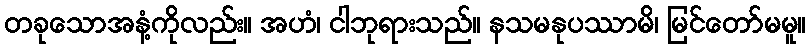
တခုသောအနံ့ကိုလည်း။ အဟံ၊ ငါဘုရားသည်။ နသမနုပဿာမိ၊ မြင်တော်မမူ။